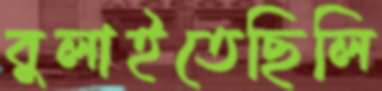
বুলাইতেছিলি